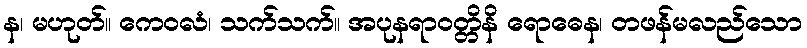
န၊ မဟုတ်။ ကေဝလံ၊ သက်သက်။ အပုနရာဝတ္တိနိ ရောဓေန၊ တဖန်မလည်သော